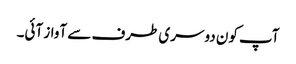
آپ کون دوسری طرف سے آواز آئی۔